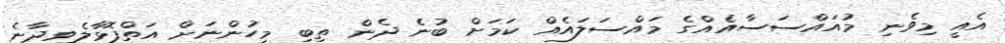
އެއީ މިވެނި މުއައްސަސާއެއްގެ މައްސަލައެއް ކަމަށް ބުނެެ ދެން ތިބި މީހުންނަށް އަތްފޮޅާލެވިދާނެ